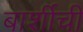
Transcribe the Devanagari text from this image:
बार्शीची